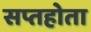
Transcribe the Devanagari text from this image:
सप्तहोता